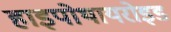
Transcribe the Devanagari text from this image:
हाइपोथायरोइड